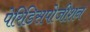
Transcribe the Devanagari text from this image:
पेरिडिसपोजीशन